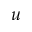
u